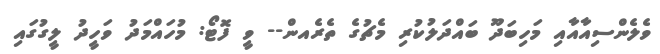
ވެލެންސިއާއާއި މަހިބަދޫ ބައްދަލުކުރި މެޗުގެ ތެރެއން-- ވީ ފޮޓޯ: މުހައްމަދު ވަހީދު ލީގުގައި